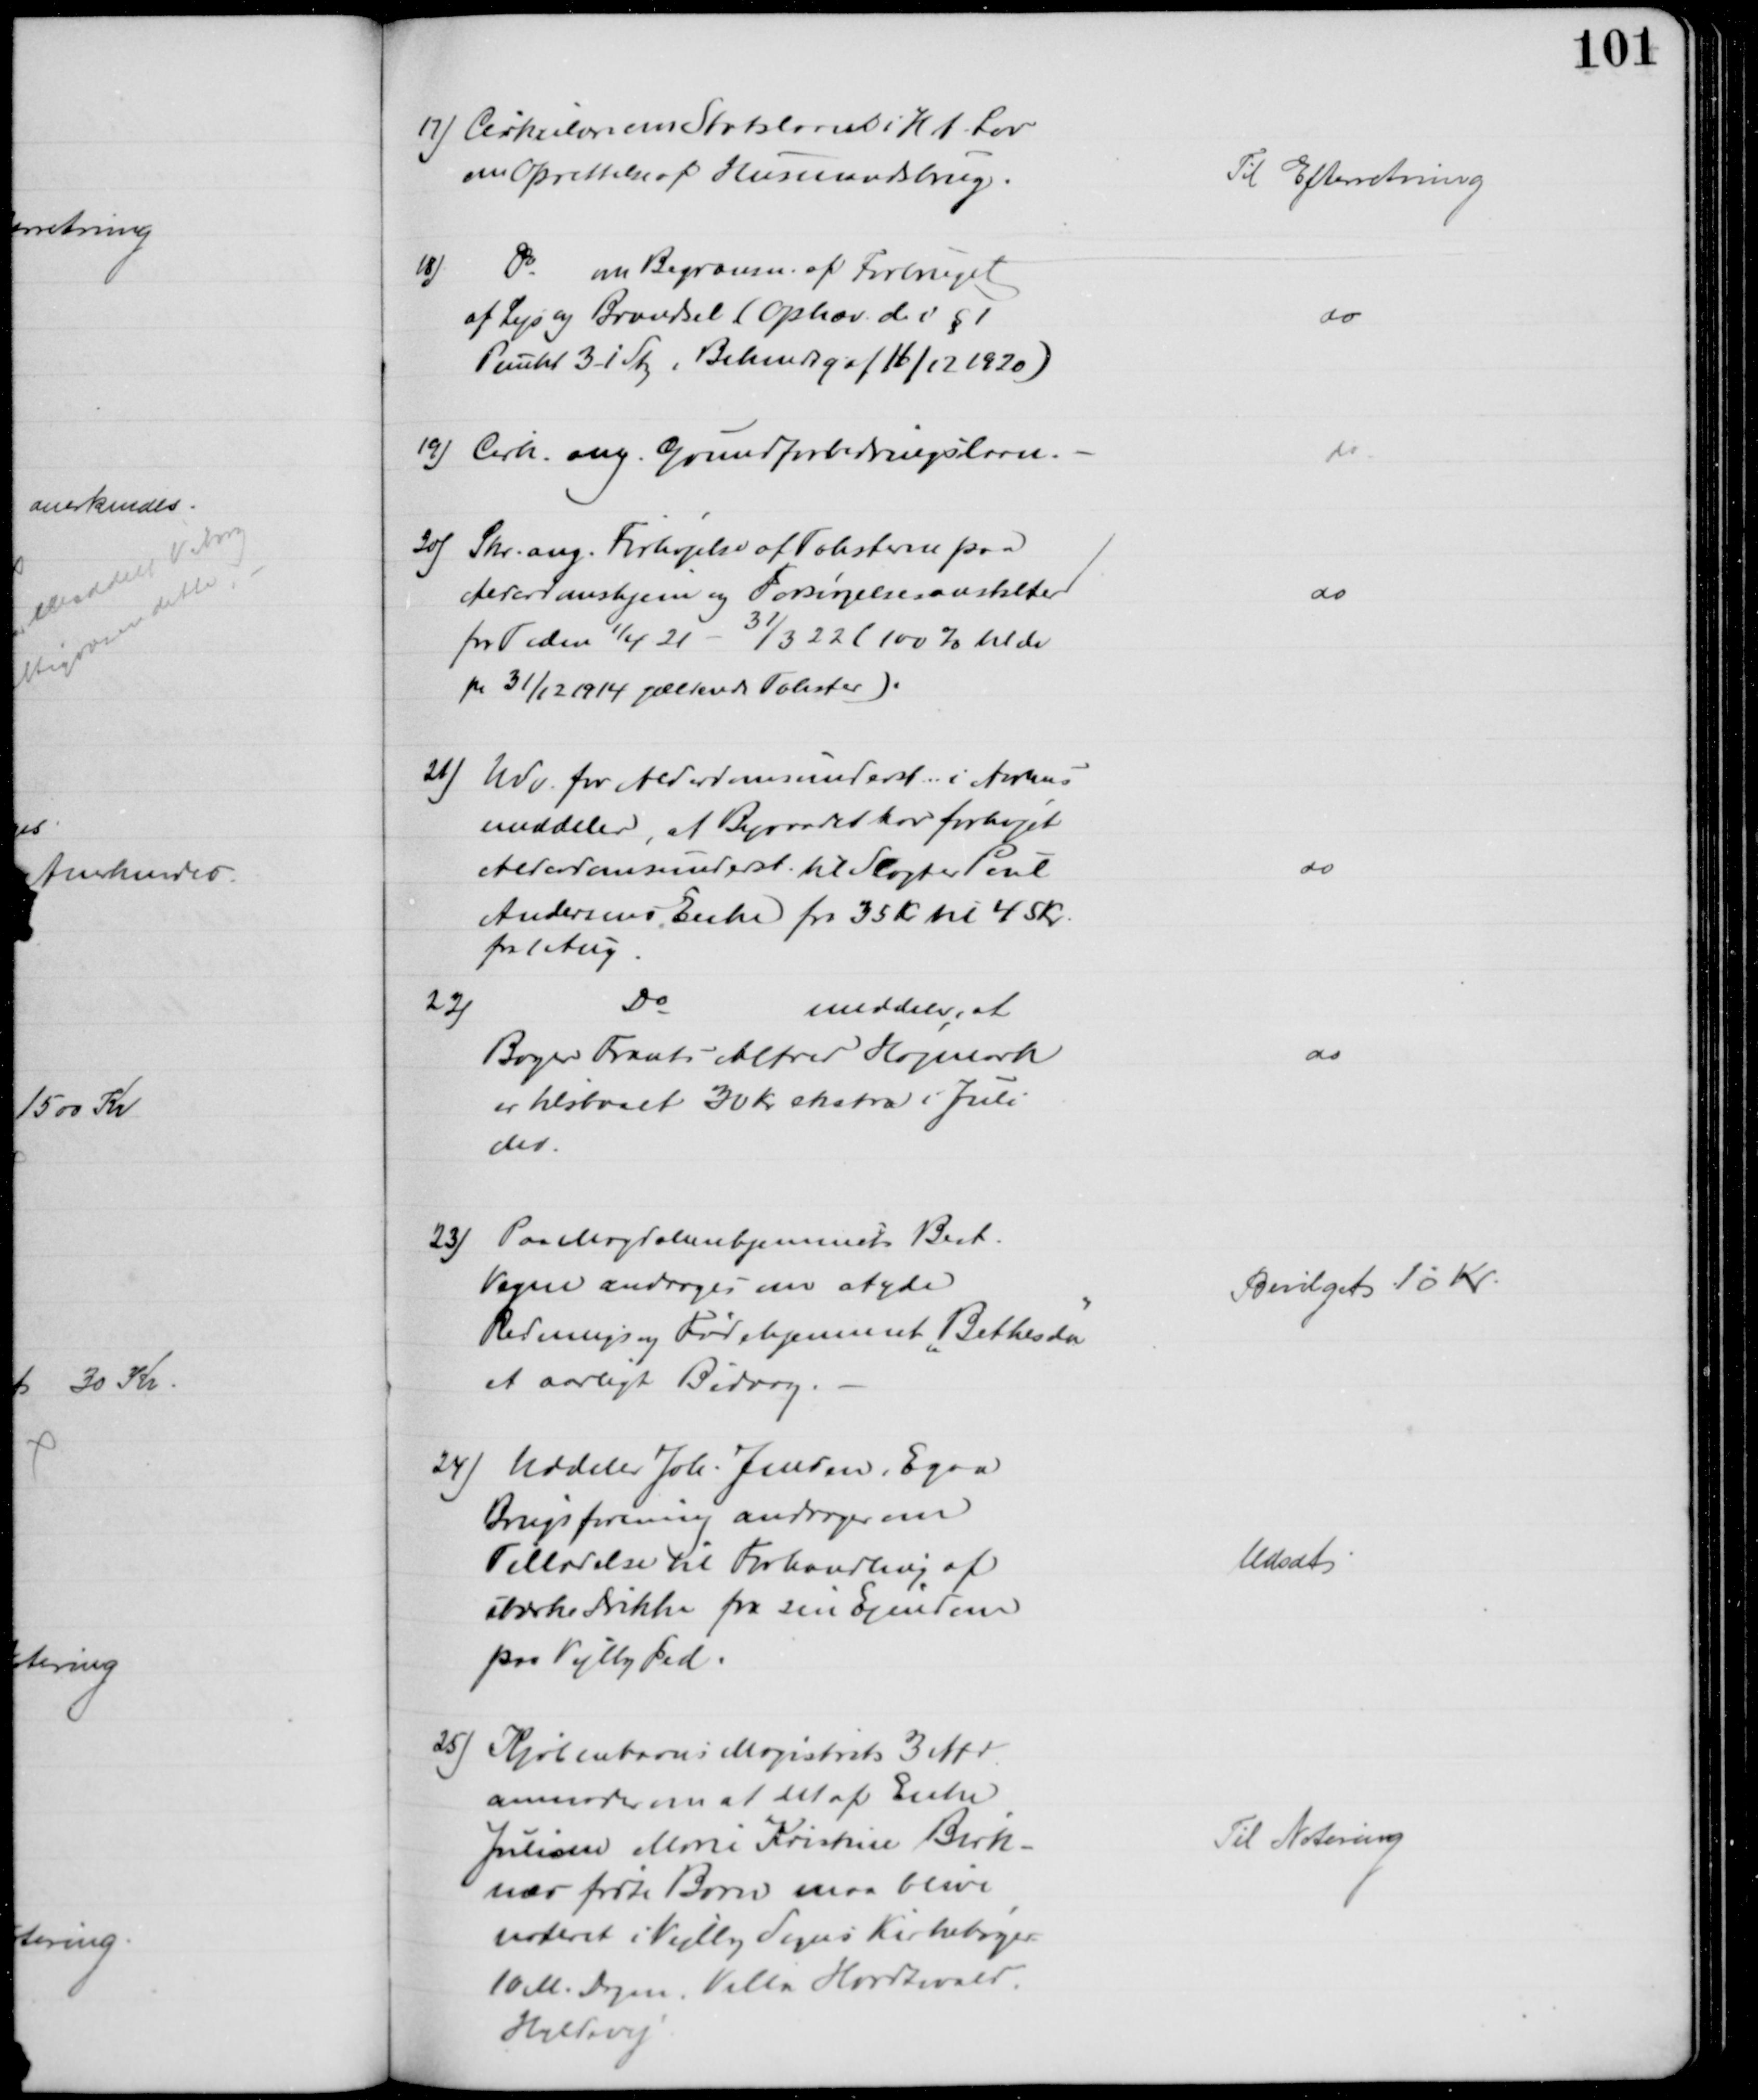
Transskription:
17) Cirkulære om Statslaan i H.t. Lov
om Oprettelse af Husmandsbrug.
Til Efterretning
18) Do om Begrænsn. af Forbruget
af Lys og Brændsel (Ophæv. d. v § 1
Punkt 3 i Sty, Bekendtg af 16/12 1920)
do
19) Cirk. ang. Grundforbedringslaan.
do
20) Skr. ang. Forhøjelse af Taksterne paa
Alderdomshjem og Forsørgelsesanstalter
for Tiden 1/4 21 - 31/3 22 ( 100 % til de
pr 31/12 1914 gældende Takster).
do
21) Udv. for Alderdomsunderst. i Aarhus
meddeler, at Byraadet har forhøjet
Alderdomsunderst. til Slagter Poul
Andersens Enke fra 35 Kr til 45 Kr.
fra 1 Aug
do
22)
Do
meddeler, at
Bager Frants Alfred Højmark
er tilstaaet 30 Kr ekstra i Juli
Md.
do
23) Paa Magdalenehjemmets Best.
Vegne androges om at yde
Rednings og Fødehjemmet "Bethesda"
et aarligt Bidrag.
Bevilget 10 Kr
24) Uddeler Joh. Jensen, Egaa
Brugsforening andrager om
Tilladelse til Forhandling af
stærke Drikke fra sin Ejendom
paa Vejlby Fed.
Udsat
25) Kjøbenhavns Magistrat 3 Afd
anmoder om at det af Enke
Juliane Marie Kristine Birk-
næs fødte Barn maa blive
noteret i Vejlby Sogns Kirkebøger
10 M. Dagen. Villa Hardtwald
Hyldevej
Til Notering